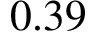
0 . 3 9